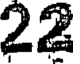
22